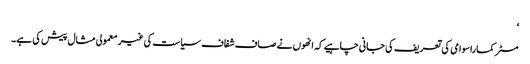
‘
مسٹر کماراسوامی کی تعریف کی جانی چاہیے کہ انھوں نے صاف شفاف سیاست کی غیر معمولی مثال پیش کی ہے۔